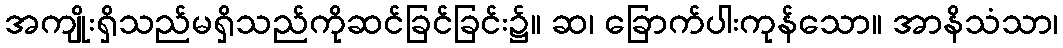
အကျိုးရှိသည်မရှိသည်ကိုဆင်ခြင်ခြင်း၌။ ဆ၊ ခြောက်ပါးကုန်သော။ အာနိသံသာ၊